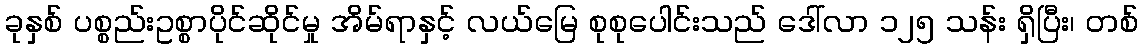
ခုနှစ် ပစ္စည်းဥစ္စာပိုင်ဆိုင်မှု အိမ်ရာနှင့် လယ်မြေ စုစုပေါင်းသည် ဒေါ်လာ ၁၂၅ သန်း ရှိပြီး၊ တစ်